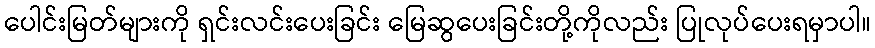
ပေါင်းမြတ်များကို ရှင်းလင်းပေးခြင်း မြေဆွပေးခြင်းတို့ကိုလည်း ပြုလုပ်ပေးရမှာပါ။